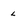
Character: L